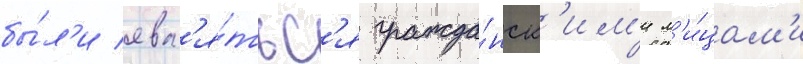
бы́л'и явл'я́тьс'я гражда́нск'им'и л'и́цам'и